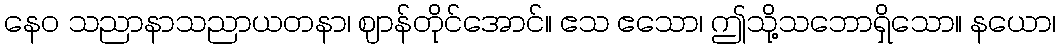
နေဝ သညာနာသညာယတနာ၊ ဈာန်တိုင်အောင်။ ဧသ ဧသော၊ ဤသို့သဘောရှိသော။ နယော၊